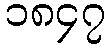
၁၈၄၇